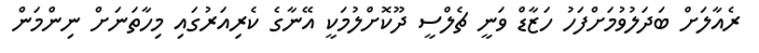
ރެއާލަށް ބަދަލުވުމަށްފަހު ހަޒާޑް ވަނީ ޗެލްސީ ދޫކޮށްލުމަކީ އޭނާގެ ކެރިއަރުގައި މިހާތަނަށް ނިންމަން